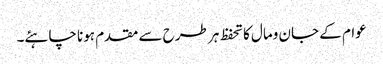
عوام کے جان ومال کاتحفظ ہر طرح سے مقدم ہونا چاہئے۔